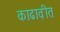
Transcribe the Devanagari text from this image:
काढावीत